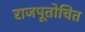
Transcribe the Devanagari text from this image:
राजपूतोचित